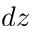
d z